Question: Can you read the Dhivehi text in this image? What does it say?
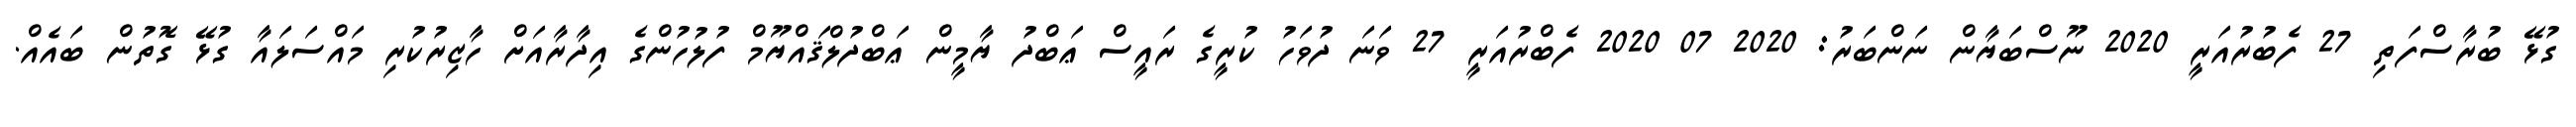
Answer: ގުޅޭ ބުރާސްފަތި 27 ފެބުރުއަރީ 2020 ނޫސްބަޔާން ނަންބަރު: 2020 07 2020 ފެބްރުއަރީ 27 ވަނަ ދުވަހު ކުރީގެ ރައީސް ޢަބްދު ޔާމީން ޢަބްދުލްޤައްޔޫމް ފުލުހުންގެ އިދާރާއަށް ހާޒިރުކުރި މައްސަލައާ ގުޅޭ ގޮތުން ބައެއް.